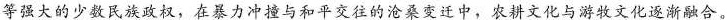
等强大的少数民族政权，在暴力冲撞与和平交往的沧桑变迁中，农耕文化与游牧文化逐渐融合。